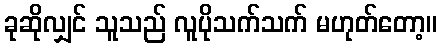
ခုဆိုလျှင် သူသည် လူပိုသက်သက် မဟုတ်တော့။